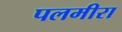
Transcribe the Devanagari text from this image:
पलमीरा